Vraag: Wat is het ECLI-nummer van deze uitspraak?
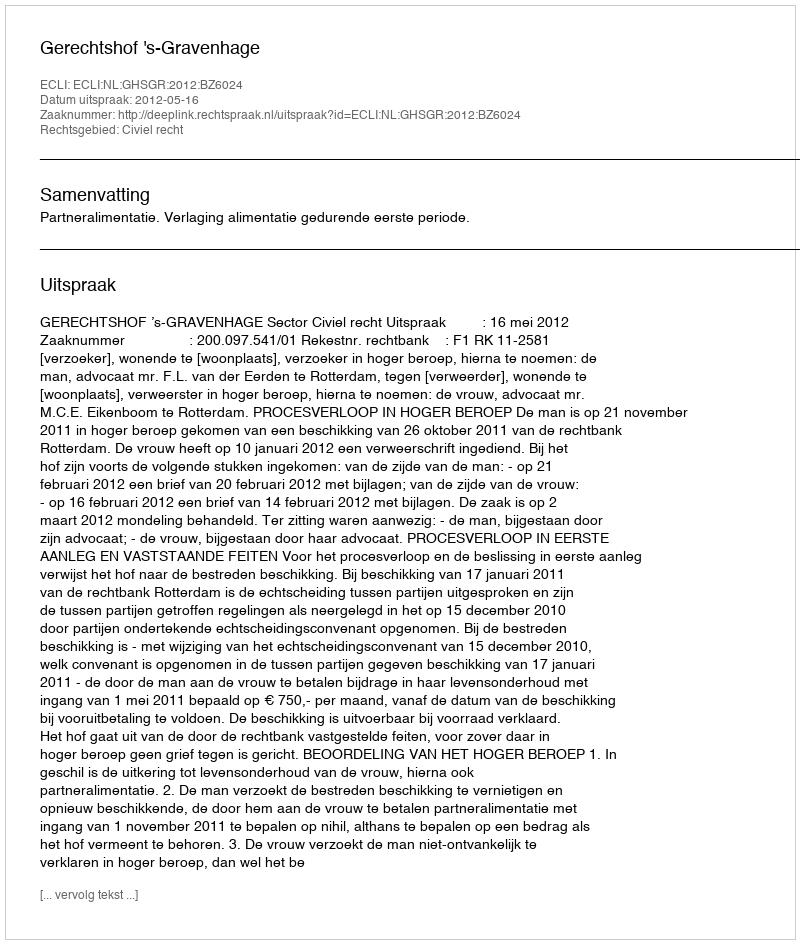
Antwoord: ECLI:NL:GHSGR:2012:BZ6024